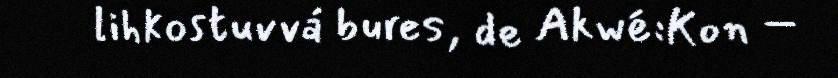
lihkostuvvá bures, de Akwé:Kon –